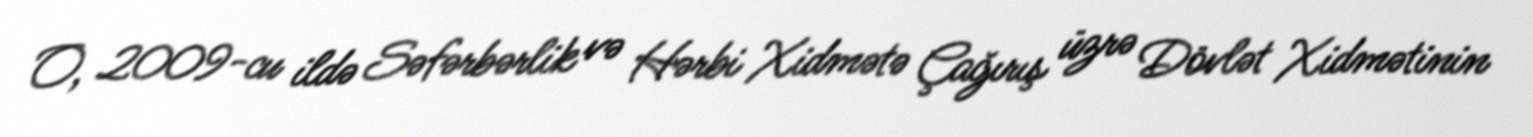
O, 2009-cu ildə Səfərbərlik və Hərbi Xidmətə Çağırış üzrə Dövlət Xidmətinin